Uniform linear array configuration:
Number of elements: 12
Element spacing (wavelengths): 0.25
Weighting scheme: binomial
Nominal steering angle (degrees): -30
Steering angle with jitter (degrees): -29.888
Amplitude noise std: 0.05
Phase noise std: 0.05

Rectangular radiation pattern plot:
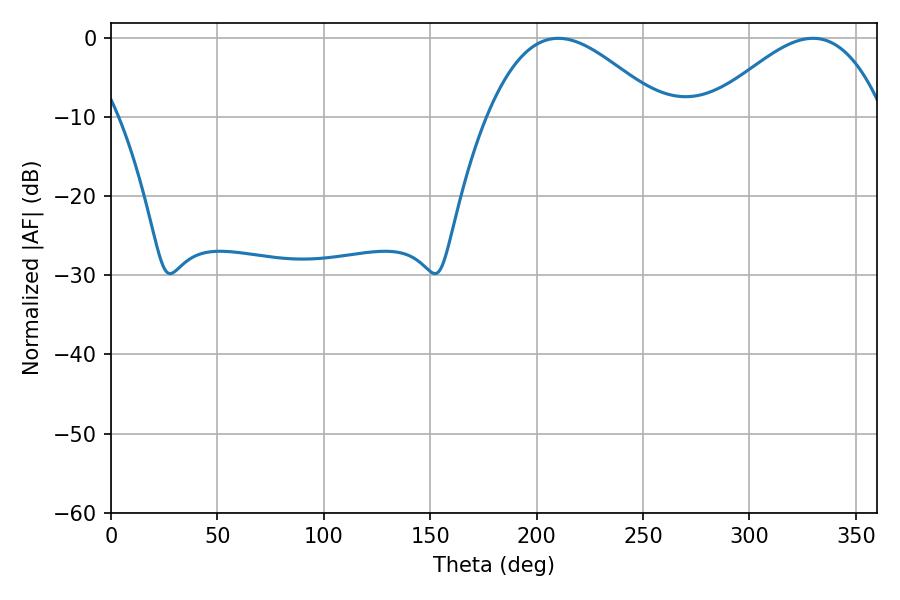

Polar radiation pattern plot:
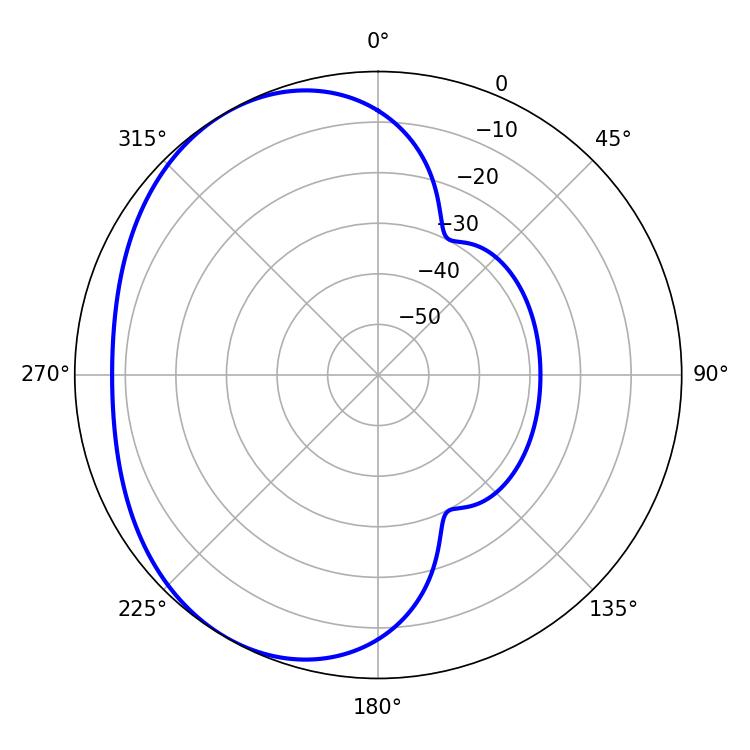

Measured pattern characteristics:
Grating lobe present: FALSE
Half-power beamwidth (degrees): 44.46
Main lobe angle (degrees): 210.24